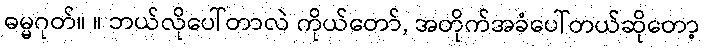
ဓမ္မဂုတ်။ ။ ဘယ်လိုပေါ်တာလဲ ကိုယ်တော်, အတိုက်အခံပေါ်တယ်ဆိုတော့